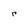
Character: r